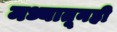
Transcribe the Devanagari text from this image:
मध्यातूनही